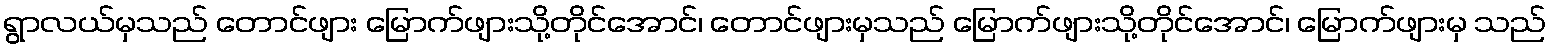
ရွာလယ်မှသည် တောင်ဖျား မြောက်ဖျားသို့တိုင်အောင်၊ တောင်ဖျားမှသည် မြောက်ဖျားသို့တိုင်အောင်၊ မြောက်ဖျားမှ သည်